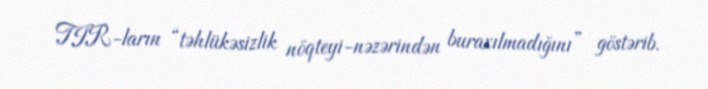
TIR-ların “təhlükəsizlik nöqteyi-nəzərindən buraxılmadığını” göstərib.